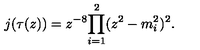
j ( \tau ( z ) ) = { z ^ { - 8 } } { \prod _ { i = 1 } ^ { 2 } ( z ^ { 2 } - m _ { i } ^ { 2 } ) ^ { 2 } } .